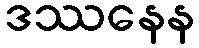
ဒဿနေန